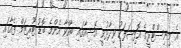
އެ މިނިސްޓްރީގެ އޮފިޝަލަކު ވިދާޅުވީ އޭޝިއާގައި ބާއްވާ އެންމެ ބޮޑު ޓޫރިޒަމް ފެއާގައި